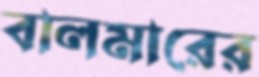
বালমারের